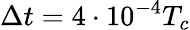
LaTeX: \Delta t=4\cdot 10^{-4}T_{c}